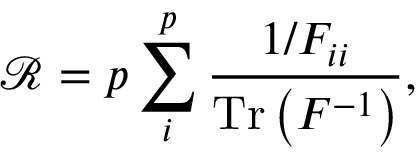
\mathcal { R } = p \sum _ { i } ^ { p } \frac { 1 / F _ { i i } } { \operatorname { T r } \left( F ^ { - 1 } \right) } ,